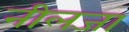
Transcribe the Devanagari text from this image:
नीलजा